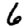
Digit: 6